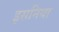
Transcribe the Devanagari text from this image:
इसनिया